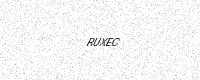
Text: RUXEC